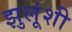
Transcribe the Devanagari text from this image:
झुलूंशी